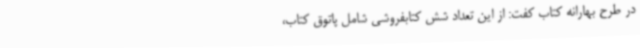
در طرح بهارانه کتاب کفت: از این تعداد شش کتابفروشی شامل پاتوق کتاب،